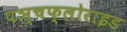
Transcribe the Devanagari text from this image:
पञ्चफ्लोराइड